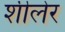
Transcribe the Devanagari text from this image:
शीलेर